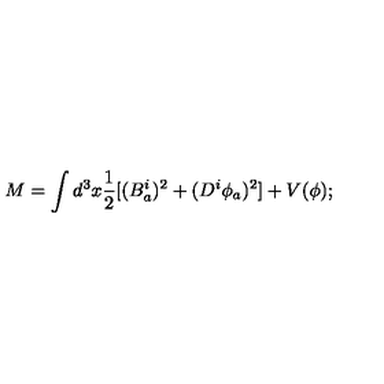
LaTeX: M = \int d ^ { 3 } x \frac { 1 } { 2 } [ ( B _ { a } ^ { i } ) ^ { 2 } + ( D ^ { i } \phi _ { a } ) ^ { 2 } ] + V ( \phi ) ;